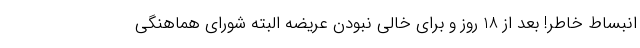
انبساط خاطر! بعد از 18 روز و برای خالی نبودن عریضه البته شورای هماهنگی